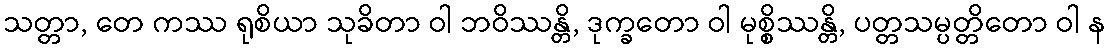
သတ္တာ, တေ ကဿ ရုစိယာ သုခိတာ ဝါ ဘဝိဿန္တိ, ဒုက္ခတော ဝါ မုစ္စိဿန္တိ, ပတ္တသမ္ပတ္တိတော ဝါ န